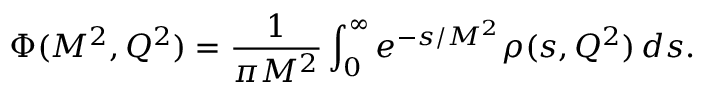
\Phi ( M ^ { 2 } , Q ^ { 2 } ) = \frac { 1 } { \pi M ^ { 2 } } \int _ { 0 } ^ { \infty } e ^ { - s / M ^ { 2 } } { \rho } ( s , Q ^ { 2 } ) \, d s .